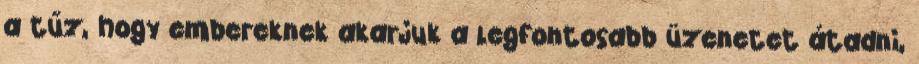
a tűz, hogy embereknek akarjuk a legfontosabb üzenetet átadni,